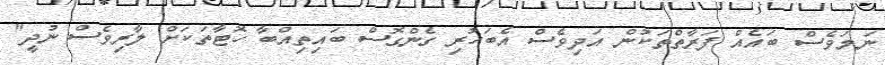
ނަމަވެސް ބައެއް ފަރާތްތަކުން އަދިވެސް އެބަހުރި ގެންގޮސް ބައިތިއްބާ ހޮޓާތަކަށް ލާރިވެސް ނުދީ"